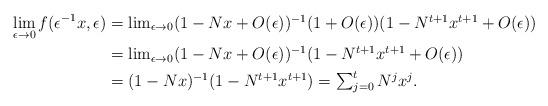
LaTeX: \begin{align*}\lim_{\epsilon\to 0} f(\epsilon^{-1}x,\epsilon)& = \textstyle \lim_{\epsilon\to 0} (1 - Nx + O(\epsilon))^{-1} (1+O(\epsilon)) (1 - N^{t+1}x^{t+1} + O(\epsilon))\\ & = \textstyle \lim_{\epsilon\to 0} (1 - Nx + O(\epsilon))^{-1} (1 - N^{t+1}x^{t+1} + O(\epsilon)) \\ & \textstyle = (1 - Nx)^{-1} (1 - N^{t+1}x^{t+1}) = \sum_{j=0}^t N^jx^j.\end{align*}